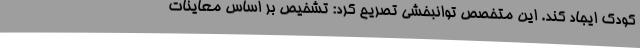
کودک ایجاد کند. این متخصص توانبخشی تصریح کرد: تشخیص بر اساس معاینات